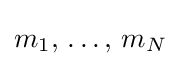
\displaystyle m_{1},\,\ldots ,\,m_{N}